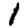
Digit: 1